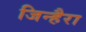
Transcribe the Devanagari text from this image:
जिन्हैरा